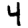
Digit: 4